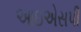
આઇએસપી